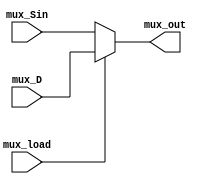
module mux(
	input	mux_Sin,
	input   mux_D,
	input   mux_load,
	output  mux_out
);
	assign mux_out = (mux_load == 0) ?  mux_Sin : mux_D;

endmodule

module ff(
	input  ff_clk,
	input  ff_Sin,
	output reg ff_out
);

	always @(posedge ff_clk) 
	begin 
		ff_out <= ff_Sin;
	end
endmodule

module shift_reg(
	input 			shift_load,
	input			shift_clk,

	input			shift_Sin,
	output  [7:0]	shift_Q,

	input   [7:0]	shift_D,
	output 	    	shift_Sout
);

	reg	  mux_Sin;
	reg   mux_D;
	reg   mux_load;
	wire  [7:0] mux_out;
	
	reg  ff_clk;
	reg  ff_Sin;
	reg  ff_out;   // wire 

	mux
	u_mux0(
		.mux_Sin			(shift_Sin			),
		.mux_D				(shift_D[0]			),
		.mux_load			(shift_load			),
		.mux_out			(mux_out[0]			)
	);
	mux
	u_mux1(
		.mux_Sin			(shift_Q[0]			),
		.mux_D				(shift_D[1]			),
		.mux_load			(shift_load			),
		.mux_out			(mux_out[1]			)
	);
	mux
	u_mux2(
		.mux_Sin			(shift_Q[1]			),
		.mux_D				(shift_D[2]			),
		.mux_load			(shift_load			),
		.mux_out			(mux_out[2]			)
	);
	mux
	u_mux3(
		.mux_Sin			(shift_Q[2]			),
		.mux_D				(shift_D[3]			),
		.mux_load			(shift_load			),
		.mux_out			(mux_out[3]			)
	);
	mux
	u_mux4(
		.mux_Sin			(shift_Q[3]			),
		.mux_D				(shift_D[4]			),
		.mux_load			(shift_load			),
		.mux_out			(mux_out[4]			)
	);
	mux
	u_mux5(
		.mux_Sin			(shift_Q[4]			),
		.mux_D				(shift_D[5]			),
		.mux_load			(shift_load			),
		.mux_out			(mux_out[5]			)
	);
	mux
	u_mux6(
		.mux_Sin			(shift_Q[5]			),
		.mux_D				(shift_D[6]			),
		.mux_load			(shift_load			),
		.mux_out			(mux_out[6]			)
	);
	mux
	u_mux7(
		.mux_Sin			(shift_Q[6]			),
		.mux_D				(shift_D[7]			),
		.mux_load			(shift_load			),
		.mux_out			(mux_out[7]			)
	);

// ---------------------------------------------------FF 

	ff
	u_ff0(
		.ff_clk				(shift_clk			),
		.ff_Sin				(mux_out[0] 		),
		.ff_out				(shift_Q[0]			)
	);
	ff
	u_ff1(
		.ff_clk				(shift_clk			),
		.ff_Sin				(mux_out[1]			),
		.ff_out				(shift_Q[1]			)
	);
	ff
	u_ff2(
		.ff_clk				(shift_clk			),
		.ff_Sin				(mux_out[2]			),
		.ff_out				(shift_Q[2]			)
	);
	ff
	u_ff3(
		.ff_clk				(shift_clk			),
		.ff_Sin				(mux_out[3]			),
		.ff_out				(shift_Q[3]			)
	);
	ff
	u_ff4(
		.ff_clk				(shift_clk			),
		.ff_Sin				(mux_out[4]			),
		.ff_out				(shift_Q[4]			)
	);
	ff
	u_ff5(
		.ff_clk				(shift_clk			),
		.ff_Sin				(mux_out[5]			),
		.ff_out				(shift_Q[5]			)
	);
	ff
	u_ff6(
		.ff_clk				(shift_clk			),
		.ff_Sin				(mux_out[6]			),
		.ff_out				(shift_Q[6]			)
	);
	ff
	u_ff7(
		.ff_clk				(shift_clk			),
		.ff_Sin				(mux_out[7]			),
		.ff_out				(shift_Q[7]			)
	);
			assign shift_Sout = shift_Q[7];
endmodule